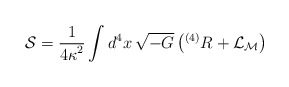
\begin{align*}{\cal S}=\frac{1}{{4\kappa}^2}\int d^4x\, \sqrt{-G} \left( {}^{(4)}R+{\cal L}_{\cal M} \right)\end{align*}